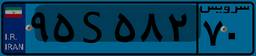
۹۵S۵۸۲۷۰